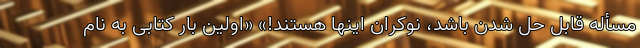
مسأله قابل حل شدن باشد، نوکران اینها هستند!» «اولین بار کتابی به نام